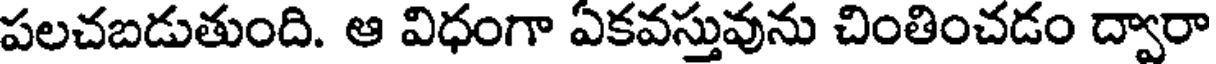
పలచబడుతుంది. ఆ విధంగా ఏకవస్తువును చింతించడం ద్వారా